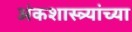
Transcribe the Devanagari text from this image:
अंकशास्त्र्यांच्या